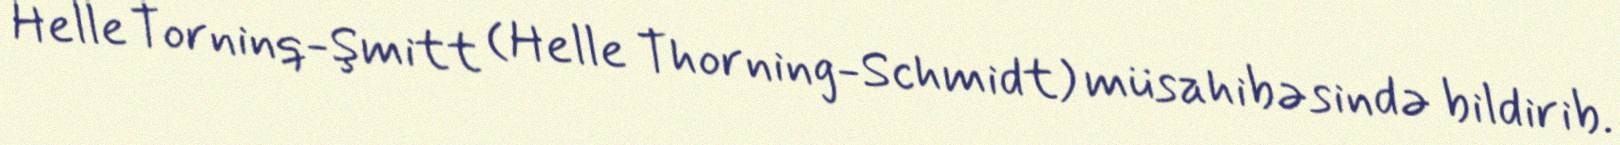
Helle Torninq-Şmitt (Helle Thorning-Schmidt) müsahibəsində bildirib.